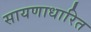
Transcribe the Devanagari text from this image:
सायणाधारित